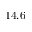
1 4 . 6